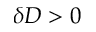
\delta D > 0